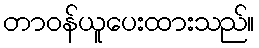
တာဝန်ယူပေးထားသည်။